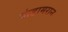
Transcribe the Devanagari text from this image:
पांडामरान